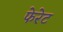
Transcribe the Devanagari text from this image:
फेरेट